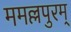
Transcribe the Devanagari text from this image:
ममल्लपुरम्